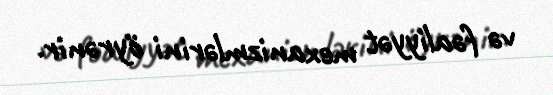
və fəaliyyət mexanizmlərini öyrənir.